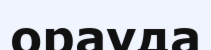
орауда